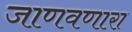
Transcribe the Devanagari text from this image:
जाणवणारा